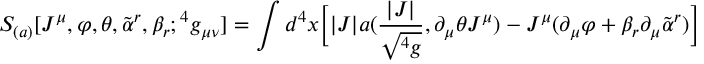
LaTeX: S _ { ( a ) } [ J ^ { \mu } , \varphi , \theta , { \tilde { \alpha } } ^ { r } , \beta _ { r } ; { } ^ { 4 } g _ { \mu \nu } ] = \int d ^ { 4 } x \Big [ | J | a ( { \frac { | J | } { \sqrt { { } ^ { 4 } g } } } , \partial _ { \mu } \theta J ^ { \mu } ) - J ^ { \mu } ( \partial _ { \mu } \varphi + \beta _ { r } \partial _ { \mu } { \tilde { \alpha } } ^ { r } ) \Big ]